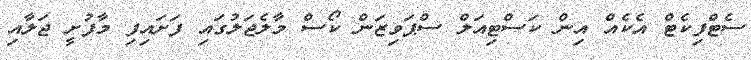
ސެޓްފިކެޓް އެކެއް އިން ކަސްޓިއަލް ސްޕަވިޒަން ކޯސް މާލެޖަލުގައި ފަށައިފި މާފުށީ ޖަލާއި